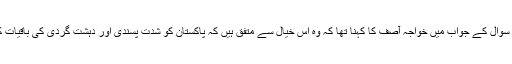
تقریب کے میزبان، امریکی صحافی سٹیو کول کے ایک سوال کے جواب میں خواجہ آصف کا کہنا تھا کہ وہ اس خیال سے متفق ہیں کہ پاکستان کو شدت پسندی اور دہشت گردی کی باقیات کے خاتمے کے لیے اپنی کوششیں جاری رکھنی چاہییں۔